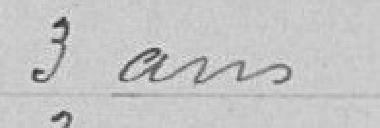
3 ans